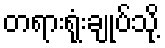
တရားရုံးချုပ်သို့